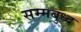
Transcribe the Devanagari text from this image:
सम्मबुध्द